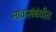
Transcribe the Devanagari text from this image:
भावासंबंधीत